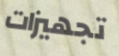
تجهيزات